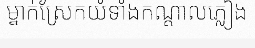
ម្នាក់ស្រែកយំទាំងកណ្តាលភ្លៀង